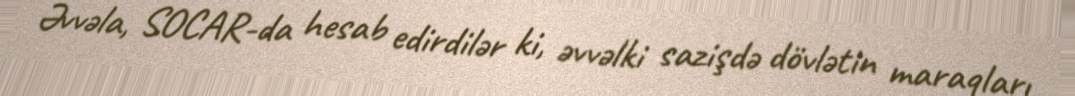
Əvvəla, SOCAR-da hesab edirdilər ki, əvvəlki sazişdə dövlətin maraqları